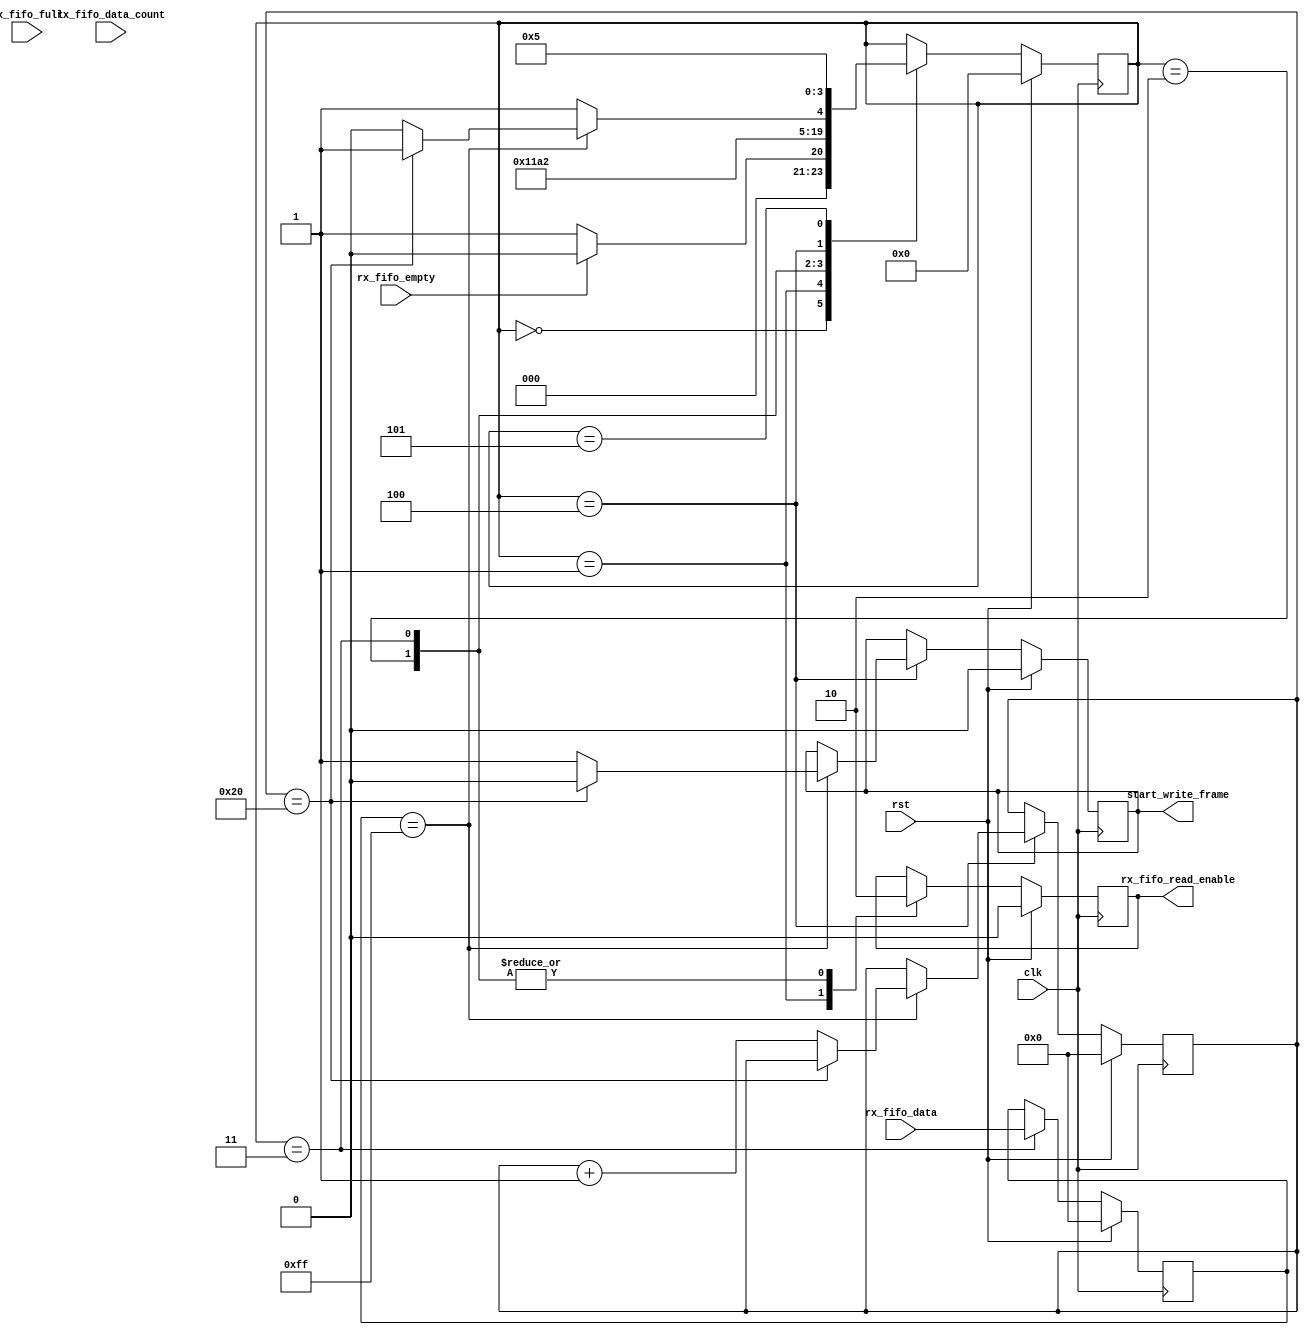
/*

Copyright (c) 2021 Alex Pahmutov

Permission is hereby granted, free of charge, to any person obtaining a copy
of this software and associated documentation files (the "Software"), to deal
in the Software without restriction, including without limitation the rights
to use, copy, modify, merge, publish, distribute, sublicense, and/or sell
copies of the Software, and to permit persons to whom the Software is
furnished to do so, subject to the following conditions:

The above copyright notice and this permission notice shall be included in
all copies or substantial portions of the Software.

THE SOFTWARE IS PROVIDED "AS IS", WITHOUT WARRANTY OF ANY KIND, EXPRESS OR
IMPLIED, INCLUDING BUT NOT LIMITED TO THE WARRANTIES OF MERCHANTABILITY
FITNESS FOR A PARTICULAR PURPOSE AND NONINFRINGEMENT. IN NO EVENT SHALL THE
AUTHORS OR COPYRIGHT HOLDERS BE LIABLE FOR ANY CLAIM, DAMAGES OR OTHER
LIABILITY, WHETHER IN AN ACTION OF CONTRACT, TORT OR OTHERWISE, ARISING FROM,
OUT OF OR IN CONNECTION WITH THE SOFTWARE OR THE USE OR OTHER DEALINGS IN
THE SOFTWARE.

*/

// Language: Verilog 2001

`timescale 1ns / 1ps

module uart_control
(
    input   wire          clk,
    input   wire          rst,

    input   wire [7:0]  rx_fifo_data,
    output  wire        rx_fifo_read_enable,
    input   wire        rx_fifo_full,
    input   wire        rx_fifo_empty,
    input   wire [5:0]  rx_fifo_data_count,

    output  wire        start_write_frame

);

localparam [3:0]
    WAIT_COMMAND = 4'd0,
    FIFO_READ_ENABLE = 4'd1,
    WAIT_DATA = 4'd2,
    READ_FIFO_DATA = 4'd3,
    SEND_START_COMMAND = 4'd4,
    SUCCESSFUL = 4'd5;

reg [3:0] state_reg;
reg rx_fifo_re_reg;
reg [7:0] rx_read_data_reg;
reg [7:0] start_delay_count_reg;
reg start_write_frame_reg;

assign rx_fifo_read_enable = rx_fifo_re_reg;
assign start_write_frame = start_write_frame_reg;

always @(posedge clk) begin
	if (rst) begin
        state_reg <= WAIT_COMMAND;
        rx_fifo_re_reg <= 1'b0;
        start_delay_count_reg <= 8'b0;
        start_write_frame_reg <= 1'b0;
        rx_read_data_reg <= 8'b0;
	end else begin
		case (state_reg)
			WAIT_COMMAND: begin
                if(!rx_fifo_empty)
                    state_reg <= FIFO_READ_ENABLE;
                else
                    state_reg <= WAIT_COMMAND;
			end
            FIFO_READ_ENABLE: begin
                rx_fifo_re_reg <= 1'b1;
                state_reg <= WAIT_DATA;
            end
            WAIT_DATA: begin
                rx_fifo_re_reg <= 1'b0;
                state_reg <= READ_FIFO_DATA;
            end
            READ_FIFO_DATA: begin
                rx_fifo_re_reg <= 1'b0;
                rx_read_data_reg <= rx_fifo_data;
                state_reg <= SEND_START_COMMAND;
            end
            SEND_START_COMMAND: begin
                if(rx_read_data_reg == 8'hFF) begin
                    if(start_delay_count_reg == 'd32) begin
                        start_write_frame_reg <= 1'b0;
                        state_reg <= SUCCESSFUL;
                    end else begin
                        start_write_frame_reg <= 1'b1;
                        state_reg <= SEND_START_COMMAND;
                        start_delay_count_reg <= start_delay_count_reg + 1'b1;
                    end
                end else 
                    state_reg <= SUCCESSFUL;
            end
            SUCCESSFUL: begin
                state_reg <= SUCCESSFUL;
            end
		endcase
	end
end

endmodule